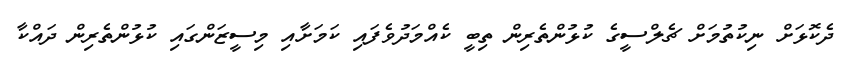
ދެކޮޅަށް ނިކުތުމަށް ޗެލްސީގެ ކުޅުންތެރިން ތިބީ ކެއްމަދުވެފައި ކަމަށާއި މިސީޒަންގައި ކުޅުންތެރިން ދައްކާ